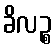
ခိလဉ္စ